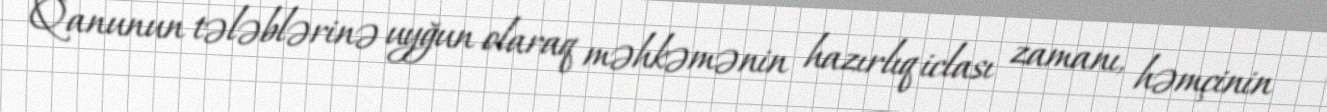
Qanunun tələblərinə uyğun olaraq məhkəmənin hazırlıq iclası zamanı, həmçinin